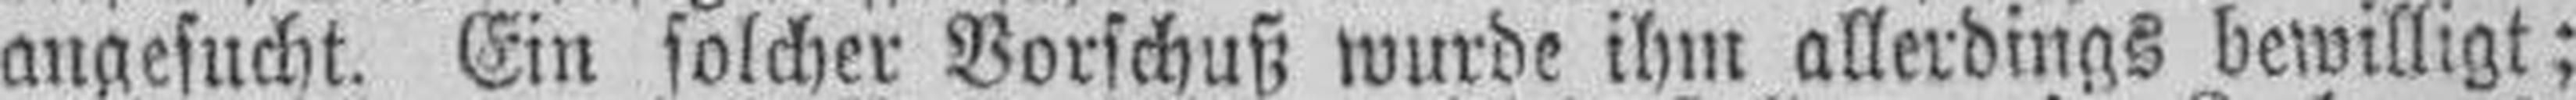
angesucht. Ein solcher Vorschuß wurde ihm allerdings bewilligt;